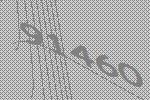
91460